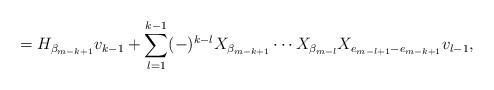
LaTeX: \begin{align*} = H_{ \beta _{m-k+1} } v_{k-1} + \sum_{l=1}^{k-1} (-)^{k-l} X_{ \beta _{m-k+1} } \cdots X_{ \beta _{m-l} } X_{e_{m-l+1} - e_{m-k+1} } v_{l-1},\end{align*}